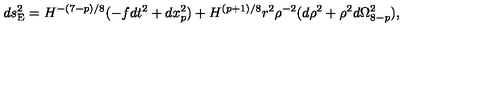
d s _ { \mathrm { E } } ^ { 2 } = H ^ { - ( 7 - p ) / 8 } ( - f d t ^ { 2 } + d x _ { p } ^ { 2 } ) + H ^ { ( p + 1 ) / 8 } r ^ { 2 } \rho ^ { - 2 } ( d \rho ^ { 2 } + \rho ^ { 2 } d \Omega _ { 8 - p } ^ { 2 } ) ,